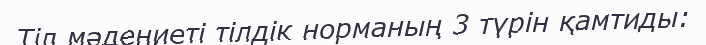
Тіл мәдениеті тілдік норманың 3 түрін қамтиды: